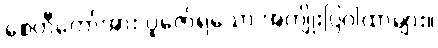
စေတီတော်အား ပူဇော်ရသော အကျိုးပြဂါထာများ။